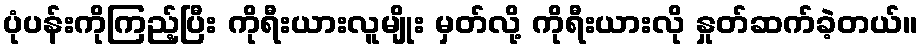
ပုံပန်းကိုကြည့်ပြီး ကိုရီးယားလူမျိုး မှတ်လို့ ကိုရီးယားလို နှုတ်ဆက်ခဲ့တယ်။